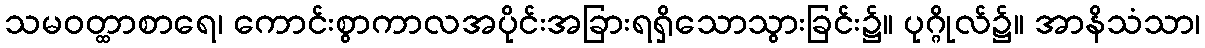
သမဝတ္ထာစာရေ၊ ကောင်းစွာကာလအပိုင်းအခြားရရှိသောသွားခြင်း၌။ ပုဂ္ဂိုလ်၌။ အာနိသံသာ၊